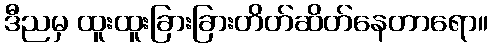
ဒီညမှ ထူးထူးခြားခြားတိတ်ဆိတ်နေတာရော။